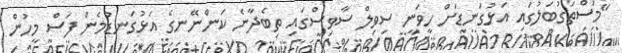
"މުސްތަގުބަލުގައި އަޅުގަނޑަށް ހީވަނީ ސިވިލް ސާވިސްގައި ތިބެދާނެ ކަންނޭނގެ އަޅުގަނޑުމެން ފަސް މީހުން